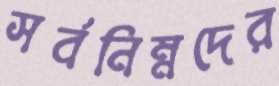
সর্বনিম্নদের